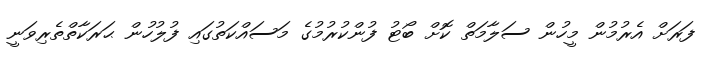
ފަރަށް އެރުމުން މީހުން ސަލާމަތް ކޮށް ބޯޓު ފުންކުރުމުގެ މަސައްކަތުގައި ފުލުހުން ޙަރަކާތްތެރިވަނީ